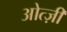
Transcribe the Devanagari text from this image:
ओत्ज़ी